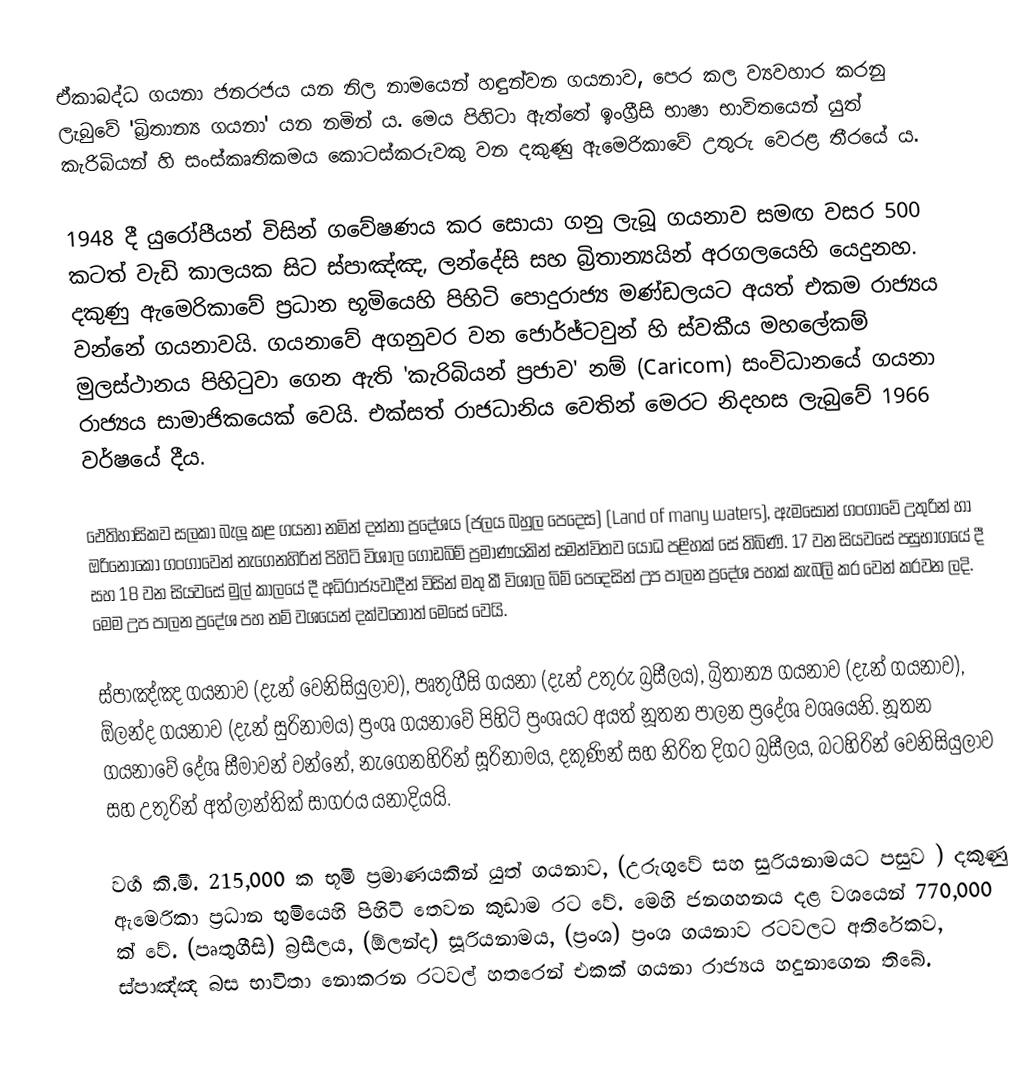
ඒකාබද්ධ ගයනා ජනරජය යන නිල නාමයෙන් හඳුන්වන ගයනාව, පෙර කල ව්‍යවහාර කරනු ලැබුවේ 'බ්‍රිතාන්‍ය ගයනා' යන නමින් ය. මෙය පිහිටා ඇත්තේ ඉංග්‍රීසි භාෂා භාවිතයෙන් යුත් කැරිබියන් හි සංස්කෘතිකමය කොටස්කරුවකු වන දකුණු ඇමෙරිකා‍වේ උතුරු වෙරළ තීරයේ ය.

1948 දී යුරෝපීයන් විසින් ගවේෂණය කර සොයා ගනු ලැබූ ගයනාව සමඟ  වසර 500 කටත් වැඩි කාලයක සිට ස්පාඤ්ඤ, ලන්දේසි සහ බ්‍රිතාන්‍යයින්  අරගලයෙහි යෙදුනහ. දකුණු  ඇමෙරිකාවේ ප්‍රධාන භූමියෙහි පිහිටි පොදුරාජ්‍ය මණ්ඩලයට අයත් එකම රාජ්‍යය වන්නේ ගයනාවයි. ගයනාවේ අගනුවර වන ජොර්ජ්ටවුන් හි ස්වකීය මහලේකම් මුලස්ථානය පිහිටුවා ගෙන ඇති 'කැරිබියන් ප්‍රජාව' නම් (Caricom) සංවිධානයේ ගයනා රාජ්‍යය සාමාජිකයෙක් වෙයි. එක්සත් රාජධානිය වෙතින් මෙරට නිදහස ලැබුවේ 1966 වර්ෂයේ දීය.

ඵෙතිහාසිකව සලකා බැලූ කළ ගයනා නමින් දන්නා ප්‍රදේශය (ජලය බහුල පෙදෙස)  (Land of many waters), ඇමසොන් ගංගාවේ උතුරින් හා ඔරිනොකෝ ගංගාවෙන් නැගෙනහිරින් පිහිටි විශාල ගොඩබිම් ප්‍රමාණයකින්  සමන්විතව යෝධ පළිහක් සේ තිබිණි. 17 වන සියවසේ පසුභාගයේ දී සහ 18 වන සියවසේ මුල් කාලයේ දී අධිරාජ්‍යවාදීන් විසින් මතු කී විශාල බිම් පෙදෙසින් උප පාලන ප්‍රදේශ පහක් කැබලි කර වෙන් කරවන ලදි. මෙම උප පාලන ප්‍රදේශ පහ නම් වශයෙන් දක්වතොත් මෙසේ වෙයි.

ස්පාඤ්ඤ ගයනාව (දැන් වෙනිසියුලාව), පෘතුගීසි ගයනා (දැන් උතුරු බ්‍රසීලය), බ්‍රිතාන්‍ය ගයනාව (දැන් ගයනාව), ඕලන්ද ගයනාව (දැන් සුරිනාමය) ප්‍රංශ ගයනාවේ පිහිටි ප්‍රංශයට අයත් නූතන පාලන ප්‍රදේශ වශයෙනි. නූතන ගයනාවේ දේශ සීමාවන් වන්නේ, නැගෙනහිරින් සූරිනාමය, දකුණින් සහ නිරිත දිගට බ්‍රසීලය, බටහිරින් වෙනිසියුලාව සහ උතුරින් අත්ලාන්තික් සාගරය යනාදියයි.

වර්‍ග කි.මී. 215,000 ක භූමි ප්‍රමාණයකින් යුත් ගයනාව, (උරුගුවේ සහ සුරියනාමයට පසුව ) දකුණු ඇමෙරිකා ප්‍රධාන භුමියෙහි පිහිටි තෙවන කුඩාම රට වේ. මෙහි ජනගහනය දළ වශයෙන් 770,000 ක් වේ. (පෘතුගීසි) බ්‍රසීලය, (ඕලන්ද) සූරියනාමය, (ප්‍රංශ) ප්‍රංශ ගයනාව රටවලට අතිරේකව, ස්පාඤ්ඤ බස භාවිතා නොකරන රටවල් හතරෙන් එකක්  ගයනා රාජ්‍යය හදුනාගෙන තිබේ.